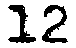
12